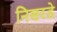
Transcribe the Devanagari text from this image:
निसरडे